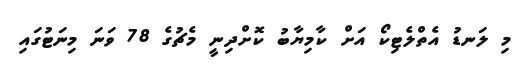
މި ލަނޑު އެތްލެޓިކޯ އަށް ކާމިޔާބު ކޮށްދިނީ މެޗުގެ 78 ވަނަ މިނަޓުގައި